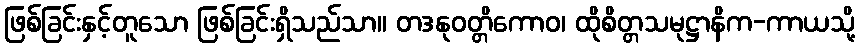
ဖြစ်ခြင်းနှင့်တူသော ဖြစ်ခြင်းရှိသည်သာ။ တဒနုဝတ္တိကောဝ၊ ထိုစိတ္တသမုဋ္ဌာနိက-ကာယသို့